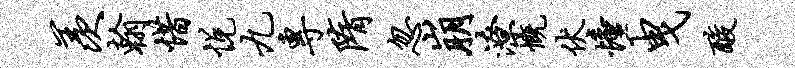
羡翰惜悦九专隋忽崩潦慨伏憧曳酸